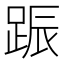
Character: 䟴